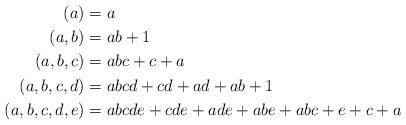
LaTeX: \begin{align*}(a) &= a\\(a,b) &= ab+1 \\(a,b,c) &= abc+c+a \\(a,b,c,d) &= abcd + cd + ad + ab +1 \\(a,b,c,d,e) &= abcde + cde + ade + abe + abc + e +c +a \\&\qquad\end{align*}